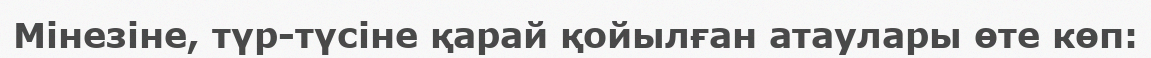
Мінезіне, түр-түсіне қарай қойылған атаулары өте көп: